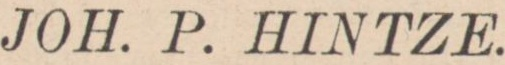
JOH. P. HINTZE.